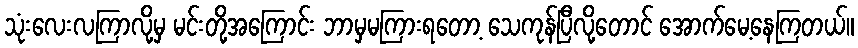
သုံးလေးလကြာလို့မှ မင်းတို့အကြောင်း ဘာမှမကြားရတော့ သေကုန်ပြီလို့တောင် အောက်မေ့နေကြတယ်။